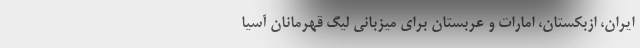
ایران، ازبکستان، امارات و عربستان برای میزبانی لیگ قهرمانان آسیا